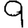
Digit: 9